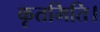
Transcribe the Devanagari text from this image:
कृतमिति।